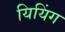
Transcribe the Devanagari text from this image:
यियिंग